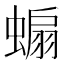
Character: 𧎥